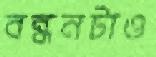
বন্ধনটাও